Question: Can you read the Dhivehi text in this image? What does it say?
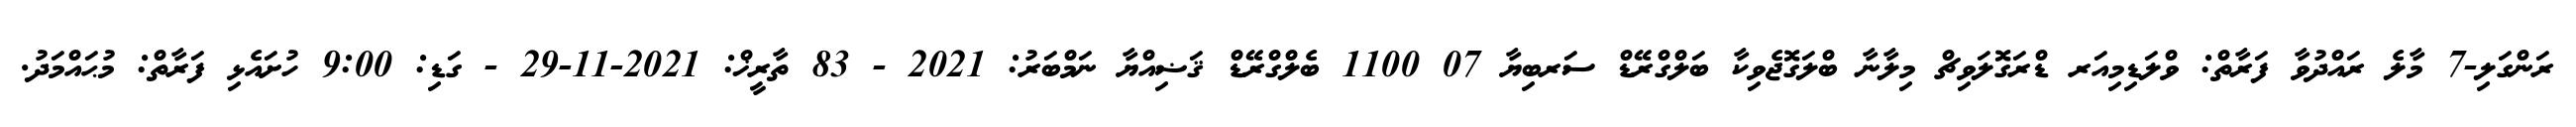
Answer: ރަންގަލި-7 މާލެ ރައްދުވާ ފަރާތް: ވްލަޑިމިއަރ ޑްރަގޮލަވިޗް މިލާނާ ބްލަގޮޖެވިކާ ބަލްގްރޭޑް ސަރބިޔާ 07 1100 ބެލްގްރޭޑް ޤަޟިއްޔާ ނަމްބަރު: 2021 - 83 ތާރީޚް: 2021-11-29 - ގަޑި: 9:00 ހުށައެޅި ފަރާތް: މުޙައްމަދު.